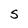
Character: s